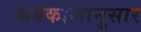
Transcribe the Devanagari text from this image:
अवकाशानुसार